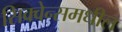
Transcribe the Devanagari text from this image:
सिक्वेन्समधील